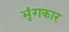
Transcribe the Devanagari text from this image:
भृंगकार